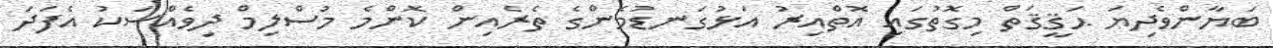
ބަޔާންވެދިޔަ ޙަޤީޤަތް މިގޮތުގައި އޮތްއިރު އަޅުގަނޑުމެންގެ ތެރެއިން ކޮންމެ މުސްލިމް ދިވެއްސަކު އެފަދަ